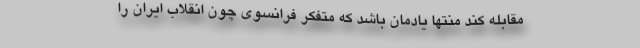
مقابله کند منتها یادمان باشد که متفکر فرانسوی چون انقلاب ایران را